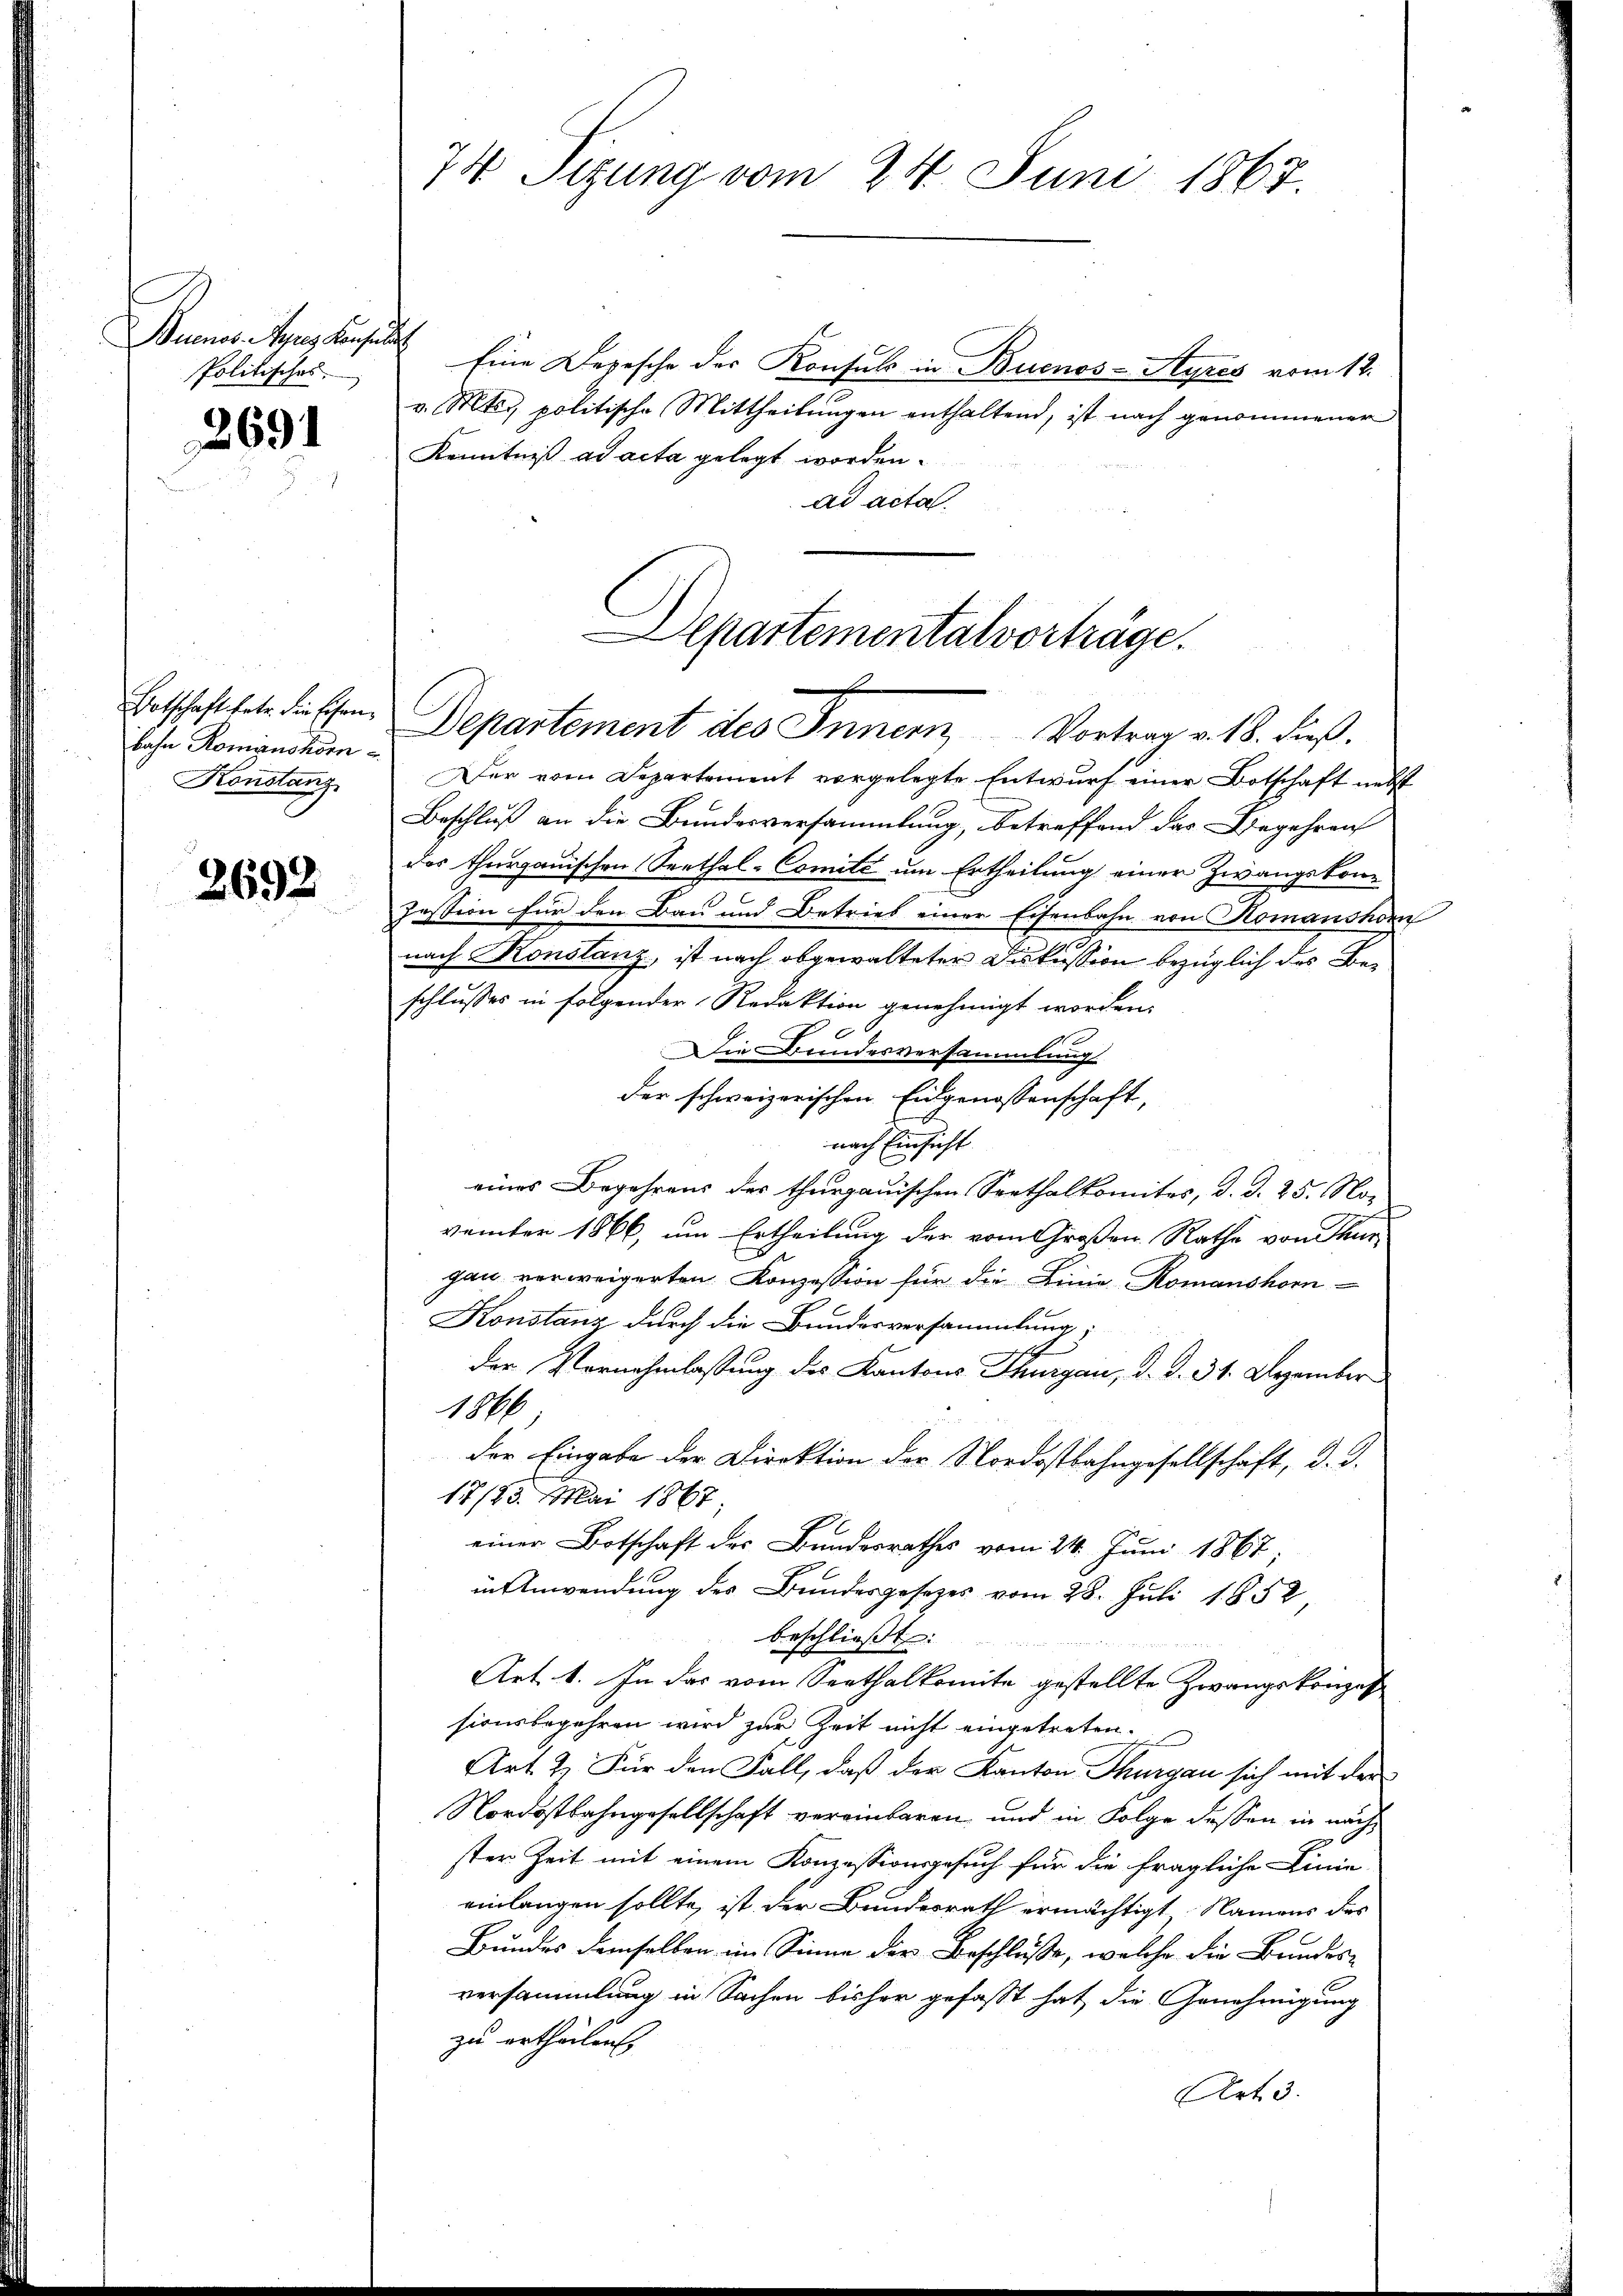
Buenos Ayres Konsulat
spolitisches

2691

Botschaft betr. die Eisenbahn Romanshorn
Konstang

2692

74 Sizung vom 24. Juni 1867.

Eine Depesche der Konsuls in Buenos-Ayres vom 12.
v. Mts. politische Mittheilungen enthaltend, ist nach genommener
Kenntniß ad acta gelegt worden.
ad acta.
Der vom Departement vorgelegte Entwurf einer Botschaft nebst
Beschluß an die Bundesversammlung, betreffend des Begehren
des theorganischen Seethal-Comite um Ertheilung einer Zwangskom¬
Zession für den Bau und Betrieb einer Eisenbahn von Komanshorn
nach Konstanz, ist nach abgewalteter Diskussion bezüglich des Beschlusses in folgender Redaktion genehmigt worden.
Die Bundesversammlung
der schweizerischen Eidgenossenschaft,
nach Einsicht
i
eines Begehrens des thurgauischen Seethalkomites, d. d. 25. No-
vember 1866, um Ertheilung der vom Großen Rathe von Thur
gau verweigerten Konzession für die Linie, Romanshorn-
Konstanz durch die Bundesversammlung;
der Vornahmlassung des Kantons Thurgau, d. d. 31. Dezember
1866
der Eingabe der Direktion der Nordostbahngesellschaft, d. J.
17/23. Mai 1867
einer Botschaft des Bundesrathes vom 24. Juni 1867;
in Anwendung des Bundesgesetzes vom 28. Juli 1852,
beschließt:
Art. 1. In das vom Seethalkomite gestellte Zwangskonzes
sionsbegehren wird zur Zeit nicht eingetreten.
Art. 2. Für den Fall, daß der Kanton Thurgau sich mit der
Nordostbahngesellschaft vereinbaren und in Folge dessen in nachster Zeit mit einem Konzessionsgesuch für die fragliche Lini-
einlangen sollte, ist der Bundesrath ermächtigt. Namens des
Bundes demselben im Sinne der Beschluße, welche die Bundes-
versammlung in Sachen bisher gefaßt hat die Genehmigung
zu ertheilen.
Art. 3.

Departemental vorträge.
|
Departement des Innern Vortrag v. 18. dieß.